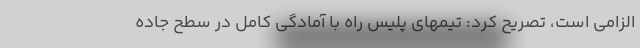
الزامی است، تصریح کرد: تیمهای پلیس راه با آمادگی کامل در سطح جاده